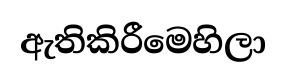
ඇතිකිරීමෙහිලා